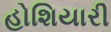
હોશિયારી